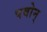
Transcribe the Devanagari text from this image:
पवोन्